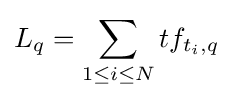
L_{q}=\sum _{1\leq i\leq N}tf_{t_{i},q}